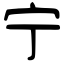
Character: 宁